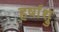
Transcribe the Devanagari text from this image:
हर्षाश्रु